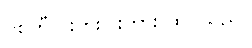
ပစ်တီ ဝိုးတိုးဝါးတား ထင်သည်။